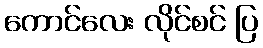
ကောင်လေး လိုင်စင် ပြ